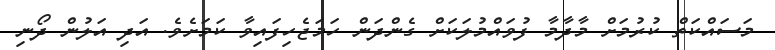
މަސައްކަތް ކުރުމަށް މާދާމާ ފުވައްމުލަކަށް ގެންދަން ހަމަޖެހިފައިވާ ކަމަށެވެ. އަދި އަލުން ދޯނި